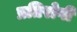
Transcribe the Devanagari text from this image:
प्रतिरोगी